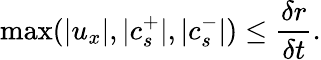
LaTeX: \operatorname*{max}(\lvert u_{x}\lvert,\lvert c_{s}^{+}\lvert,\lvert c_{s}^{-}\lvert)\leq\frac{\delta r}{\delta t}.